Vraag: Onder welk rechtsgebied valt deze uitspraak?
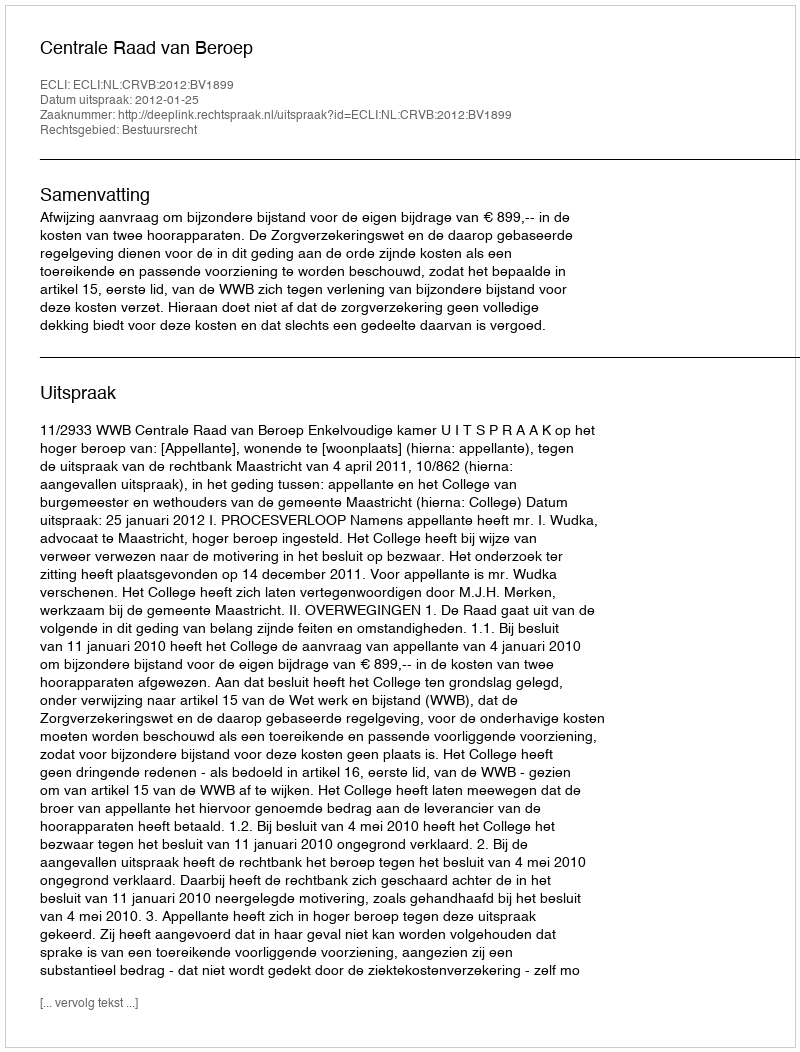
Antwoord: Bestuursrecht